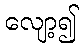
လျော့၍